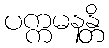
ပက္ကမနန္တိ